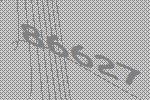
86627